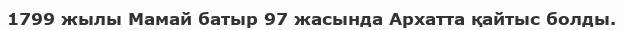
1799 жылы Мамай батыр 97 жасында Архатта қайтыс болды.